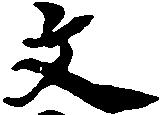
文